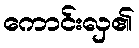
ကောင်းလှ၏